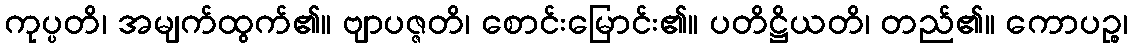
ကုပ္ပတိ၊ အမျက်ထွက်၏။ ဗျာပဇ္ဇတိ၊ စောင်းမြောင်း၏။ ပတိဋ္ဌိယတိ၊ တည်၏။ ကောပဉ္စ၊